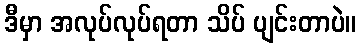
ဒီမှာ အလုပ်လုပ်ရတာ သိပ် ပျင်းတာပဲ။